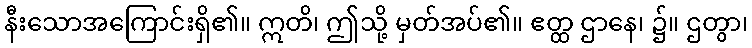
နီးသောအကြောင်းရှိ၏။ ဣတိ၊ ဤသို့ မှတ်အပ်၏။ ဧတ္ထ ဌာနေ၊ ၌။ ဌတွာ၊